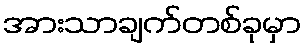
အားသာချက်တစ်ခုမှာ